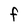
Character: F